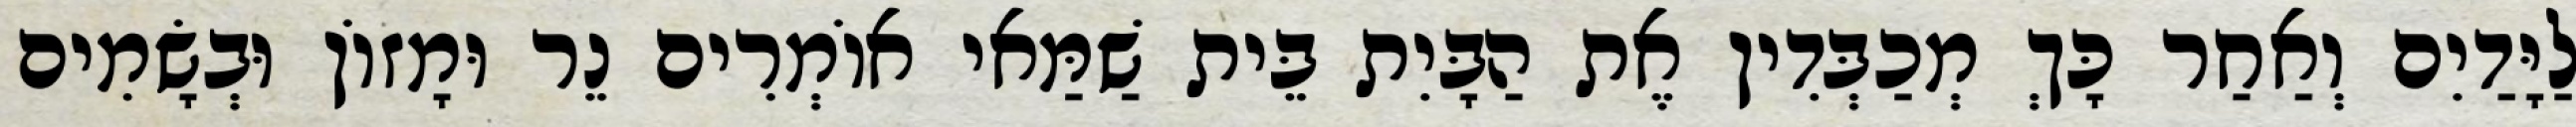
לַיָּדַיִם וְאַחַר כָּךְ מְכַבְּדִין אֶת הַבָּיִת בֵּית שַׁמַּאי אוֹמְרִים נֵר וּמָזוֹן וּבְשָׂמִים